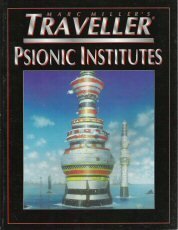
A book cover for Traveller: Psionic Institutes; Stuart L. Dollar; Science Fiction & Fantasy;